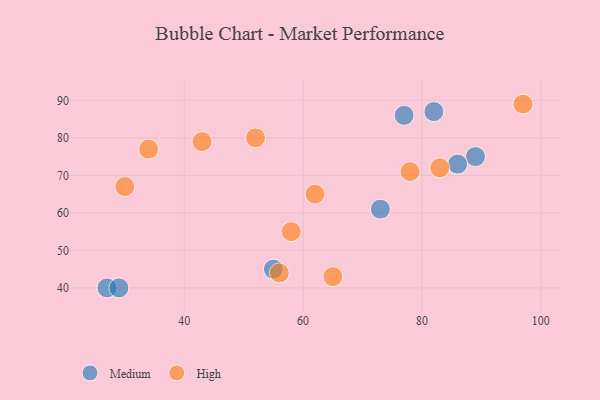
{"axis": {"x": "GDP", "y": "Life Expectancy"}, "legend": ["High", "Medium"], "data": [{"x": "27", "y": 40, "type": "Medium"}, {"x": "89", "y": 75, "type": "Medium"}, {"x": "73", "y": 61, "type": "Medium"}, {"x": "55", "y": 45, "type": "Medium"}, {"x": "77", "y": 86, "type": "Medium"}, {"x": "86", "y": 73, "type": "Medium"}, {"x": "29", "y": 40, "type": "Medium"}, {"x": "82", "y": 87, "type": "Medium"}, {"x": "78", "y": 71, "type": "High"}, {"x": "34", "y": 77, "type": "High"}, {"x": "97", "y": 89, "type": "High"}, {"x": "43", "y": 79, "type": "High"}, {"x": "52", "y": 80, "type": "High"}, {"x": "62", "y": 65, "type": "High"}, {"x": "58", "y": 55, "type": "High"}, {"x": "83", "y": 72, "type": "High"}, {"x": "56", "y": 44, "type": "High"}, {"x": "30", "y": 67, "type": "High"}, {"x": "65", "y": 43, "type": "High"}]}